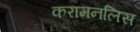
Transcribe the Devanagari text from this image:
करामनलिस